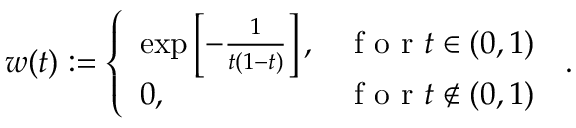
w ( t ) : = \left\{ \begin{array} { l l } { \exp \left[ - \frac { 1 } { t ( 1 - t ) } \right] , } & { \mathrm { ~ f ~ o ~ r ~ } t \in ( 0 , 1 ) } \\ { 0 , } & { \mathrm { ~ f ~ o ~ r ~ } t \notin ( 0 , 1 ) } \end{array} \right. \, .